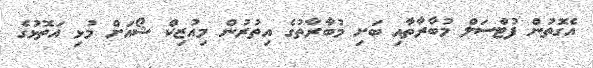
އެގޮތުން ފުޓްސަލް މުބާރާތާއި ބަށި މުބާރާތުގެ އިތުރުން މިއުޒިކް ޝޯއަށް މުޅި އަތޮޅުގެ